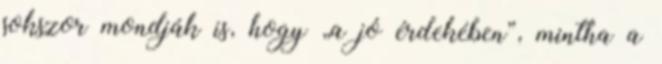
sokszor mondják is, hogy „a jó érdekében”, mintha a